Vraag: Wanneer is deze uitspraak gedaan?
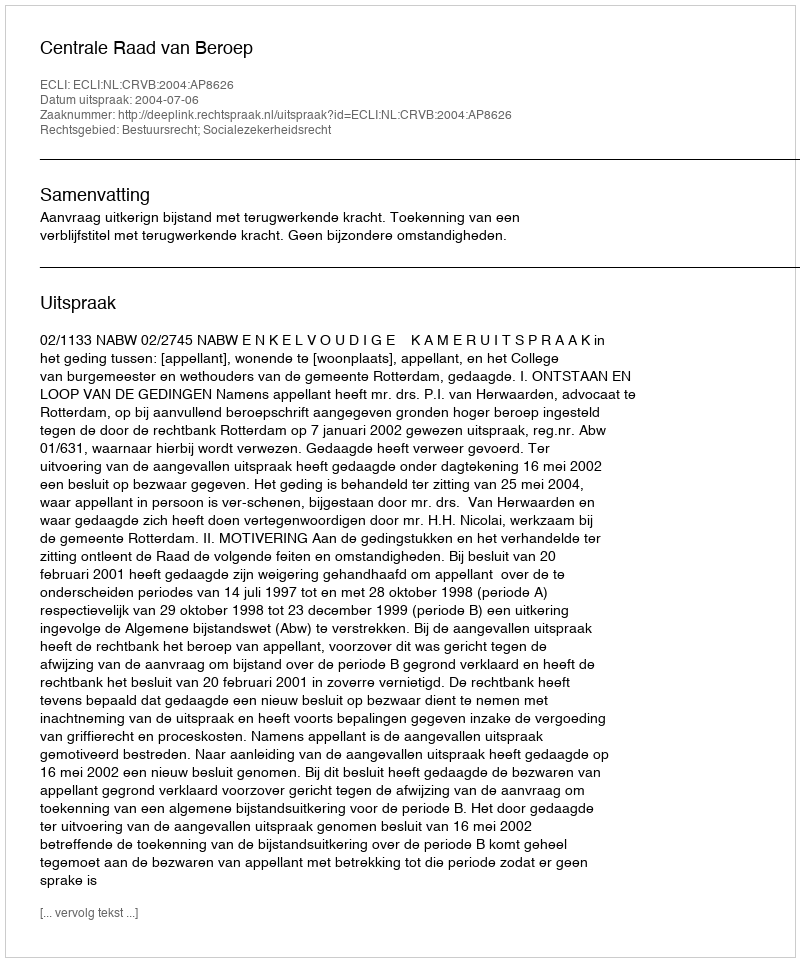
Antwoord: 2004-07-06